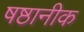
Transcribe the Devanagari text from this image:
षष्ठानीक